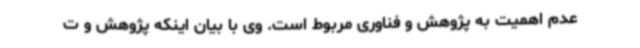
عدم اهمیت به پژوهش و فناوری مربوط است. وی با بیان اینکه پژوهش و ت